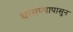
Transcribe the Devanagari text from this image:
घासण्यापासुन